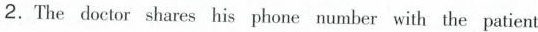
2.The doctor shares his phone number with the patient